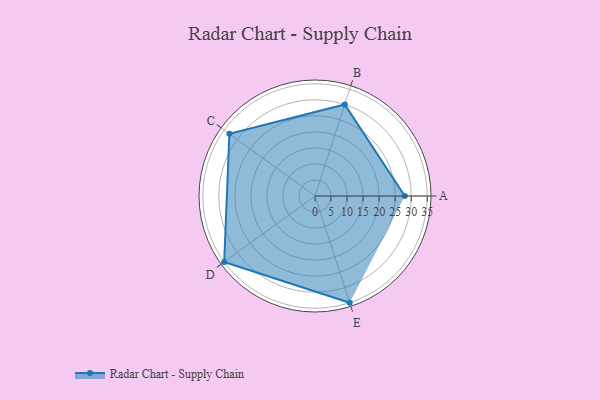
{"axis": {"x": "Skill", "y": "Score"}, "legend": ["Profile"], "data": [{"x": "A", "y": 28.0, "type": "Profile"}, {"x": "B", "y": 30.0, "type": "Profile"}, {"x": "C", "y": 33.0, "type": "Profile"}, {"x": "D", "y": 35.0, "type": "Profile"}, {"x": "E", "y": 35.0, "type": "Profile"}]}